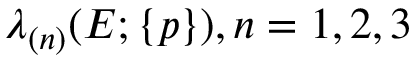
\lambda _ { ( n ) } ( E ; \{ p \} ) , n = 1 , 2 , 3